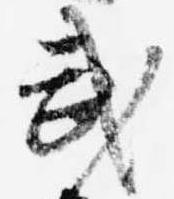
武